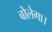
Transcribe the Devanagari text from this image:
बोलेगा।